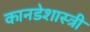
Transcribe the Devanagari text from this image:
कानडेशास्त्री